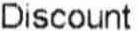
DISCOUNT